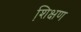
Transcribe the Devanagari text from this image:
शि़क्षण